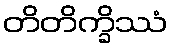
တိတိက္ခိဿံ